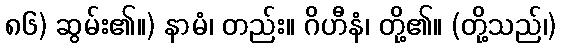
၈၆) ဆွမ်း၏။) နာမံ၊ တည်း။ ဂိဟီနံ၊ တို့၏။ (တို့သည်၊)